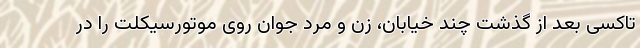
تاکسی بعد از گذشت چند خیابان، زن و مرد جوان روی موتورسیکلت را در